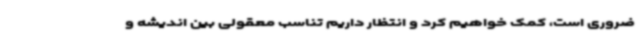
ضروری است، کمک خواهیم کرد و انتظار داریم تناسب معقولی بین اندیشه و